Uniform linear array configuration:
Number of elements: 4
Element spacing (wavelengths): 0.75
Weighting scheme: exponential
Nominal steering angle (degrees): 60
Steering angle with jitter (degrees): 59.017
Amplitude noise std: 0.05
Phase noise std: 0.05

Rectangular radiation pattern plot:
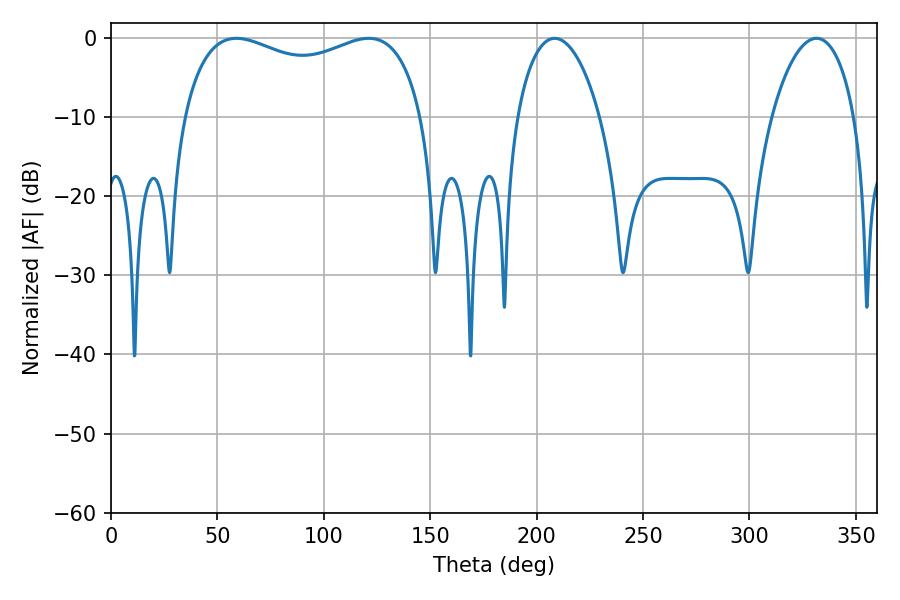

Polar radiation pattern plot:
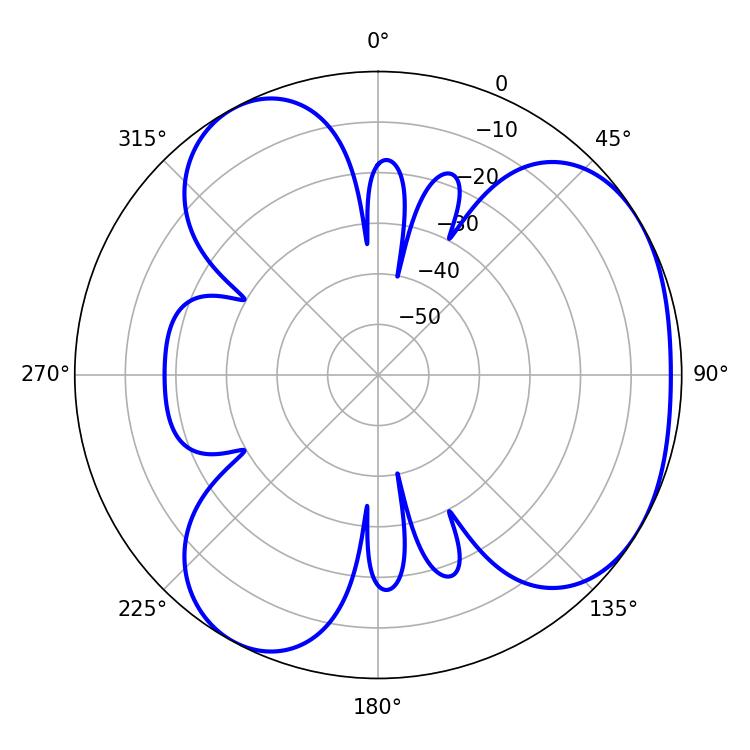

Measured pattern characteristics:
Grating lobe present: TRUE
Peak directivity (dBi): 3.929
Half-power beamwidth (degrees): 92.88
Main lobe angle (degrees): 58.86